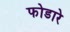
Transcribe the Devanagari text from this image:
फोडारे